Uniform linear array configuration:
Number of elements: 24
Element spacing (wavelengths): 1
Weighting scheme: binomial
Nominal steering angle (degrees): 30
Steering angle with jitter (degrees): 28.991
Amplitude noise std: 0.05
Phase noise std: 0.05

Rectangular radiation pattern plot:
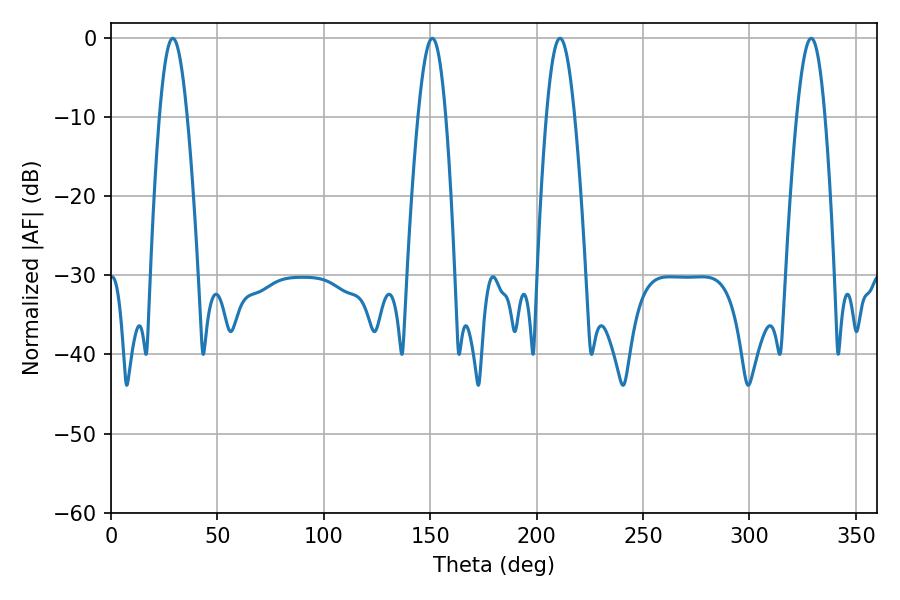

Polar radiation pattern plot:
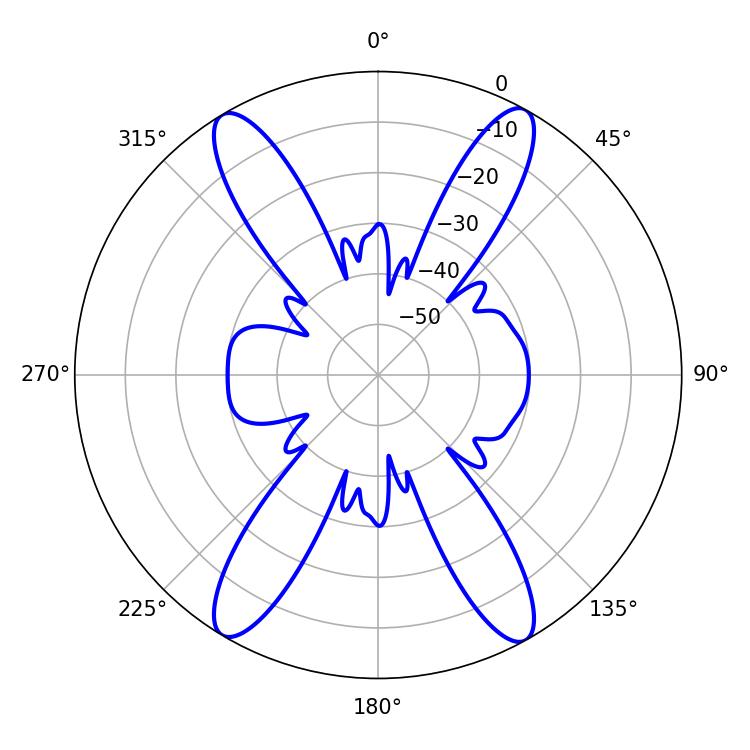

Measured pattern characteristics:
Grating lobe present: TRUE
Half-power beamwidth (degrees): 7.02
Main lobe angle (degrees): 329.04